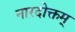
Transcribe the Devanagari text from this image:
नारदोक्तम्